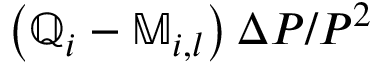
\left( \mathbb { Q } _ { i } - \mathbb { M } _ { i , l } \right) \Delta P / P ^ { 2 }